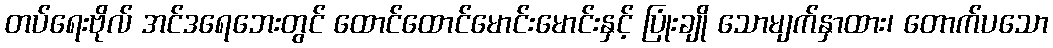
တပ်ရေးဗိုလ် အင်ဒရေဘေးတွင် ထောင်ထောင်မောင်းမောင်းနှင့် ပြုံးချို သောမျက်နှာထား၊ တောက်ပသော